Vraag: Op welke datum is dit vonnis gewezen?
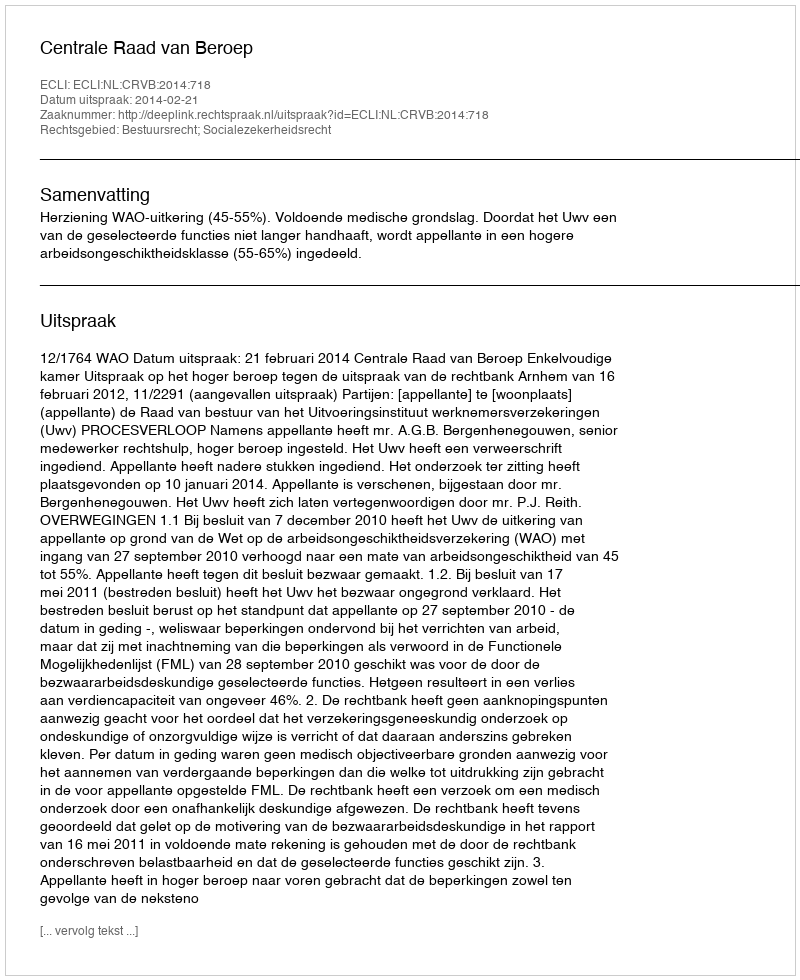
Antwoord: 2014-02-21